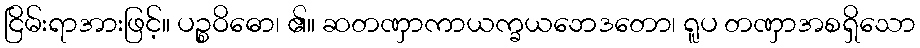
ငြိမ်းရာအားဖြင့်။ ပဉ္စဝိဓော၊ ၏။ ဆတဏှာကာယက္ခယဘေဒတော၊ ရူပ တဏှာအစရှိသော